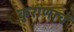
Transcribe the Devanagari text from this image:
कुराणाचें